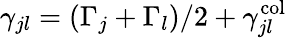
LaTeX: \gamma_{jl}=(\Gamma_{j}+\Gamma_{l})/2+\gamma_{jl}^{\mathrm{col}}